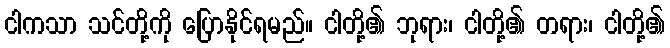
ငါကသာ သင်တို့ကို ပြောနိုင်ရမည်။ ငါတို့၏ ဘုရား၊ ငါတို့၏ တရား၊ ငါတို့၏